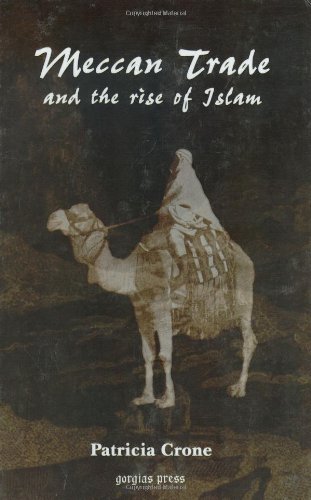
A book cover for Meccan Trade and the Rise of Islam; Patricia Crone; Religion & Spirituality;